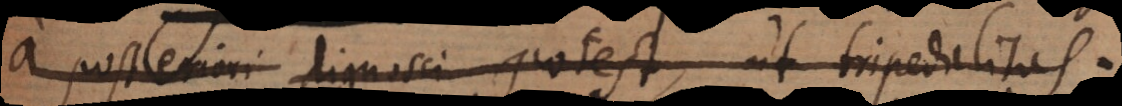
a posteriori dignosci potest, ut tripedalitas.